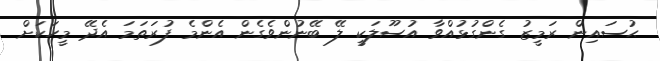
ޙުސައިން ރަމީޒު ގެންގުޅުއްވާ އުސޫލަކީ ލޭ ބޭނުންވެގެން އެންމެ ފުރަތަމަ އެދޭ މީހަކަށް